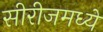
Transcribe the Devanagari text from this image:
सीरीजमध्ये